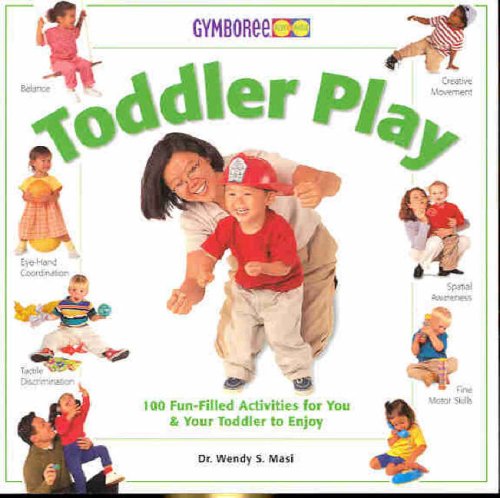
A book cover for Toddler Play; Wendy S Masi; Parenting & Relationships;